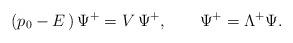
LaTeX: \begin{align*}(p_0-E\,)\,\Psi^+=V\,\Psi^+,\qquad\Psi^+=\Lambda^+\Psi.\end{align*}